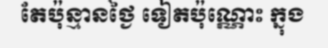
តែប៉ុន្មានថ្ងៃ ទៀតប៉ុណ្ណោះ ក្នុង